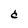
Character: C